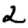
Digit: 2